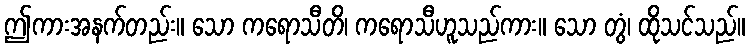
ဤကားအနက်တည်း။ သော ကရောသီတိ၊ ကရောသီဟူသည်ကား။ သော တွံ၊ ထိုသင်သည်။